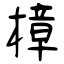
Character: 樟